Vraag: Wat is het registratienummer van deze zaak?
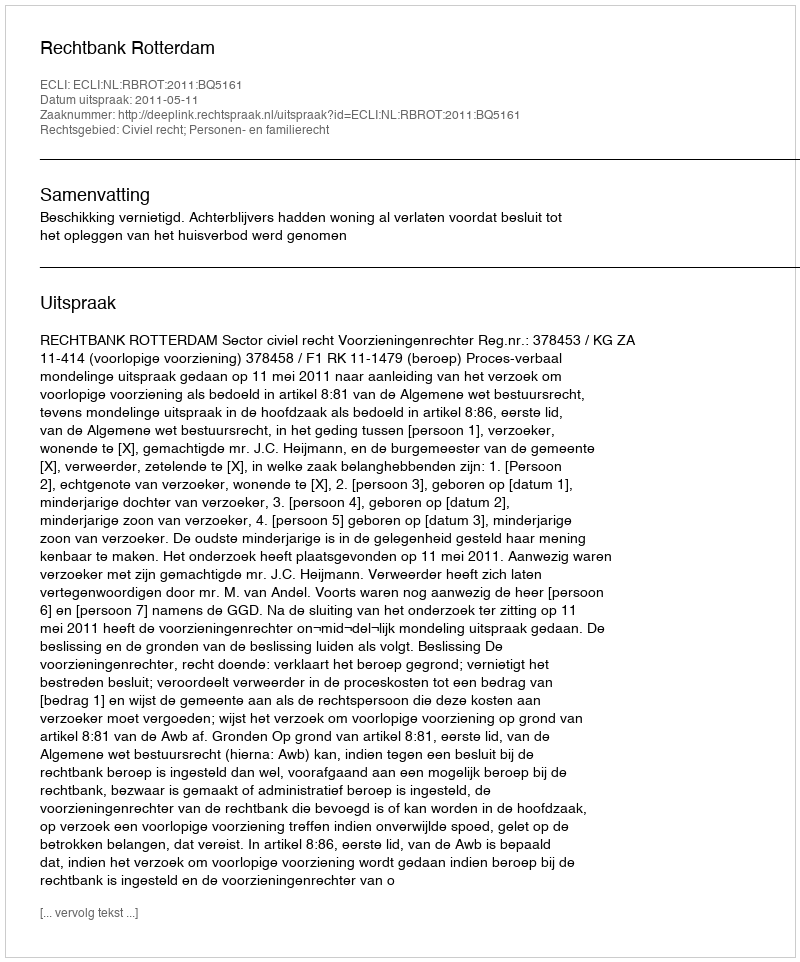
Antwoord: http://deeplink.rechtspraak.nl/uitspraak?id=ECLI:NL:RBROT:2011:BQ5161